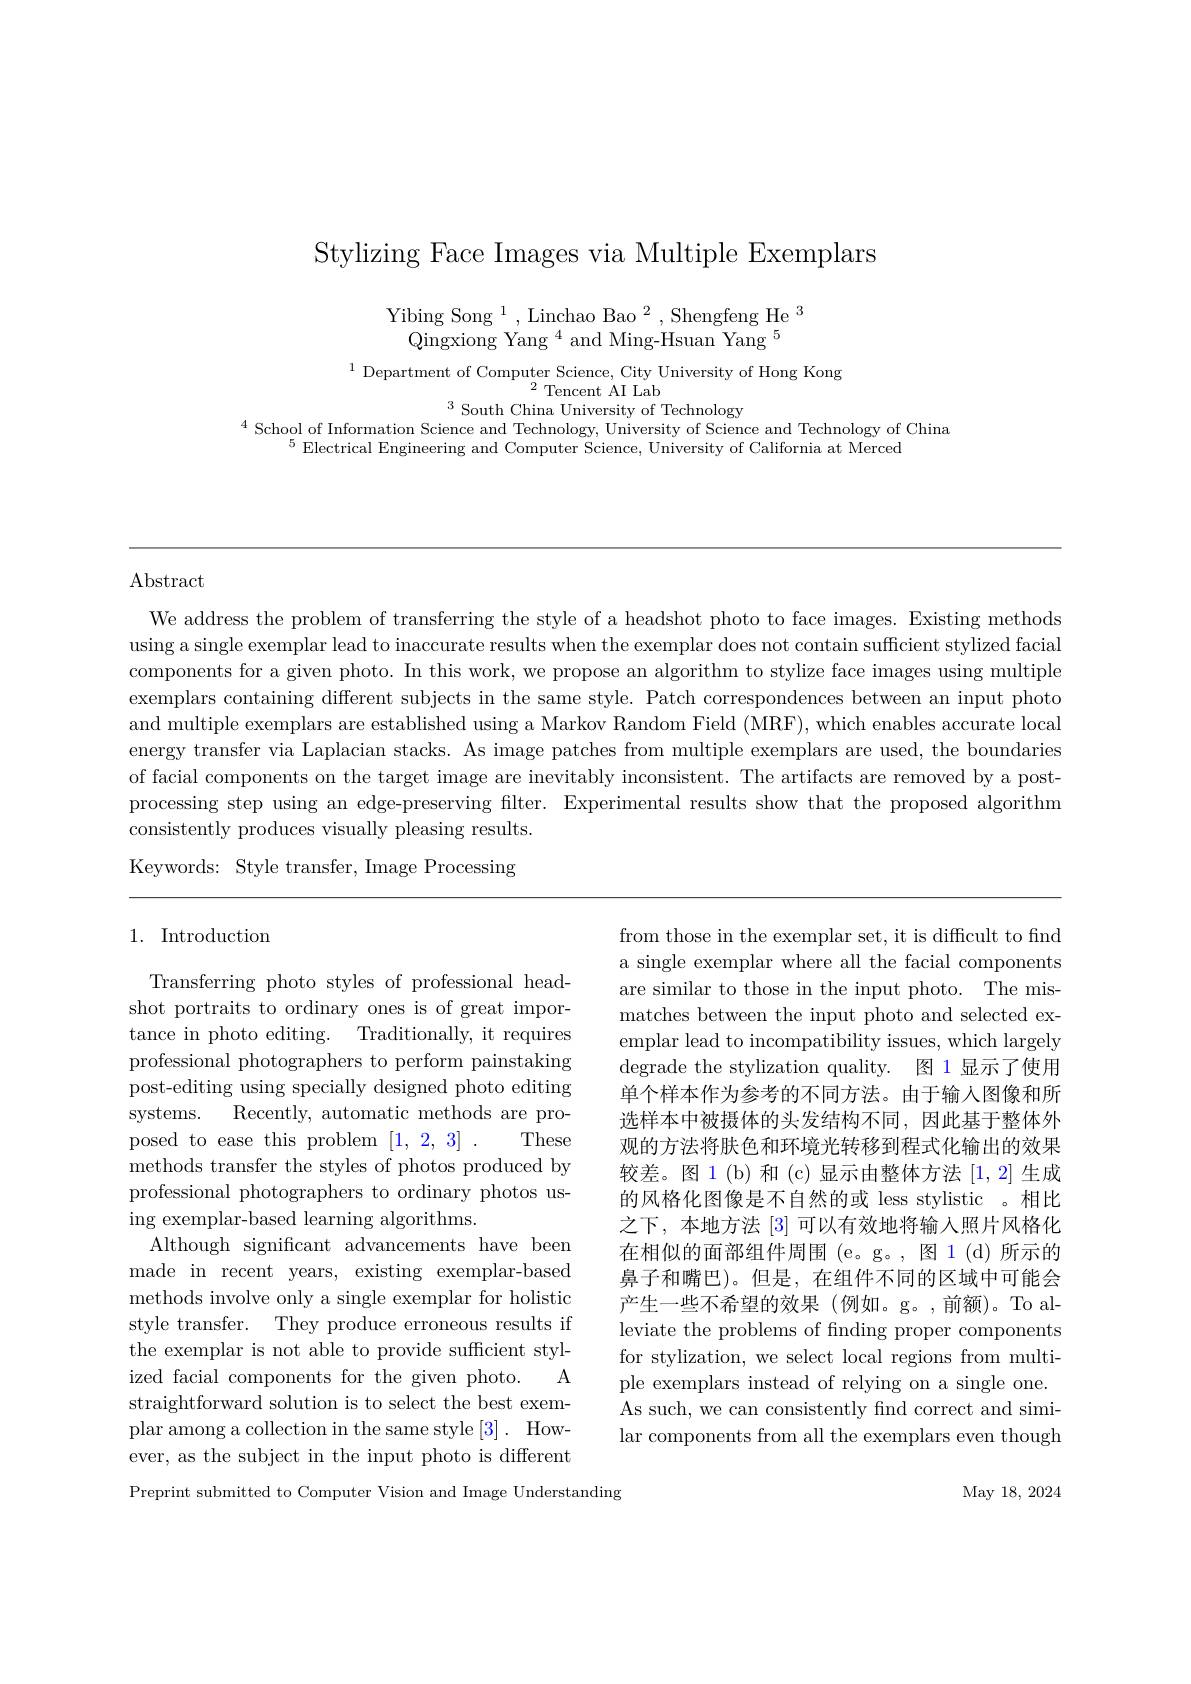
Stylizing Face Images via Multiple Exemplars

Yibing Song $^1$,Linchao Bao$^2$,Shengfeng He$^3$
Qingxiong Yang $^4$and Ming-Hsuan Yang$^5$

$^{1}$ Department of Computer Science, City University of Hong Kong
$^{2}$Tencent AI Lab
$^{3}$South China University of Technology

$^{4}$ School of Information Science and Technology, University of Science and Technology of China
$^{5}$ Electrical Engineering and Computer Science, University of California at Merced

### $\operatorname{Abstract}$

We address the problem of transferring the style of a headshot photo to face images. Existing methods using a single exemplar lead to inaccurate results when the exemplar does not contain sufficient stylized facial components for a given photo. In this work, we propose an algorithm to stylize face images using multiple exemplars containing different subjects in the same style. Patch correspondences between an input photo and multiple exemplars are established using a Markov Random Field (MRF), which enables accurate local energy transfer via Laplacian stacks. As image patches from multiple exemplars are used, the boundaries of facial components on the target image are inevitably inconsistent. The artifacts are removed by a postprocessing step using an edge-preserving filter. Experimental results show that the proposed algorithm consistently produces visually pleasing results. Keywords: Style transfer, Image Processing

## 1. Introduction

from those in the exemplar set, it is difficult to find a single exemplar where all the facial components are similar to those in the input photo. The mismatches between the input photo and selected exemplar lead to incompatibility issues, which largely degrade the stylization quality. 图 1 显示了使用单个样本作为参考的不同方法。由于输人图像和所选样本中被摄体的头发结构不同，因此基于整体外观的方法将肤色和环境光转移到程式化输出的效果较差。图 1(b) 和(c)显示由整体方法 [1,2] 生成的风格化图像是不自然的或 less stylistic 。相比之下，本地方法[3]可以有效地将输入照片风格化在相似的面部组件周围 (e。g。,图 1 (d) 所示的鼻子和嘴巴)。但是，在组件不同的区域中可能会产生一些不希望的效果(例如。g。,前额)。Toalleviate the problems of finding proper components for stylization, we select local regions from multiple exemplars instead of relying on a single one. As such, we can consistently find correct and similar components from all the exemplars even though

Transferring photo styles of professional headshot portraits to ordinary ones is of great importance in photo editing. Traditionally, it requires professional photographers to perform painstaking post-editing using specially designed photo editing systems. Recently, automatic methods are proposed to ease this problem [1,2,3]. These methods transfer the styles of photos produced by professional photographers to ordinary photos using exemplar-based learning algorithms.
Although significant advancements have been made in recent years, existing exemplar-based methods involve only a single exemplar for holistic style transfer. They produce erroneous results if the exemplar is not able to provide sufficient styl-
$A$
ized facial components for the given photo.
straightforward solution is to select the best exemplar among a collection in the same style [3]. However, as the subject in the input photo is different Preprint submitted to Computer Vision and Image Understanding

May 18,  2024